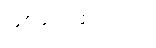
ဖြစ်မည်ထင်သည်